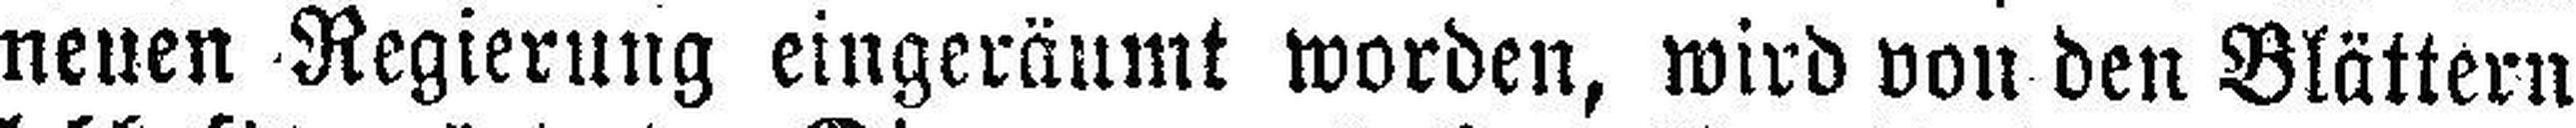
neuen Regierung eingeräumt worden, wird von den Blättern